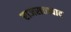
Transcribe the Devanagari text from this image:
राजसत्तावाद